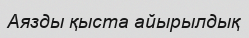
Аязды қыста айырылдық